Report of the Municipal Commissioner on the plague in Bombay for the year ending 31st May... - Volume 2
Disease focus: Plague
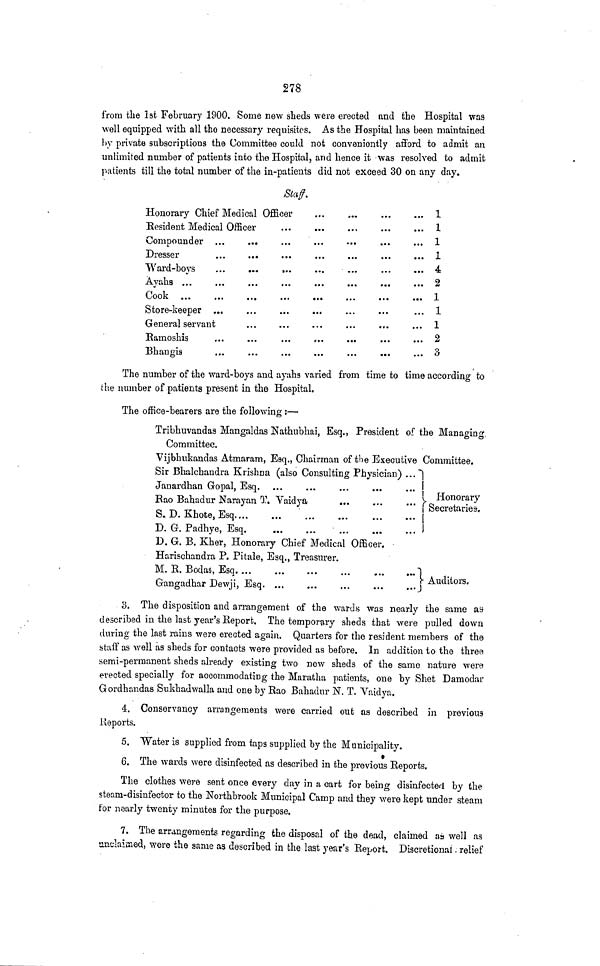
278
from the 1st February 1900. Some new sheds were erected and the Hospital was
well equipped with all tho necessary requisites. As the Hospital has been maintained
by private subscriptions the Committee could not conveniently afford to admit an
unlimited number of patients into the Hospital, and hence it "was resolved to admit
patients till the total number of the in-patients did not exceed 30 on any day.
Staff.
Honorary Chief Medical Officer
Resident Medical Officer
Compounder ...
...
Dresser
Ward-boys
...
...
...
Ayahs ...
Cook
Store-keeper ...
Ramoshis
Bhaneis
...
...
...
...
...
...
I
1
1
1
4
2
1
1
1
2
3
The number of the ward-boys and aj'ahs varied from time to time according to
the number of patients present in the Hospital.
The office-bearers are the following:—
Tribhuvandas Mangaldas JSfathubhai, Esq., President of the Managing.
Committee.
Vijbhukandas Atmaram, Esq., Chairman of the Executive Committee.
Sir Bhalchandra Krishna (also Consulting Physician) ...~]
Janardhan Gopal, Esq
{
Rao Bahadur Narayan T. Vaidya
^SecrTtarLI
S. D. Khote, Esq
D. G. Padhye, Esq
D. G. B. Kher, Honorary Chief Medical Officer,
Harischandra P. Pi tale, Esq., Treasurer.
M. R. Bodas, Esq
"]
/-<
jv. T» •• in
<" Auditors.
Gangadhar Dewji, Esq. ...
...
...
...
...j
3. The disposition and arrangement of the wards was nearly the same as
described in the last year's Report. The temporary sheds that were pulled down
during the last rains were erected again. Quarters for the resident members of the
staff as well as sheds for contacts were provided as before. In addition to the three
semi-permanent sheds already existing two new sheds of the same nature were
erected specially for accommodating the Maratha patients, one by Shet Damodar
Gordhandas Sukhadwalla and one by Rao Bahadur N. T. Vaidya.
4. Conservancy arrangements were carried out as described in previous
Reports.
5. "Water is supplied from taps supplied by the Municipality.
•
6. The wards were disinfected as described in the previous Reports,
The clothes were sent once every day in a cart for being disinfected by the
steam-disinfector to the Northbrook Municipal Camp and they were kept under steam
for nearly twenty minutes for the purpose.
7. The arrangements regarding the disposal of the dead, claimed as well as
anclaisned, were the same as described in the last year's Report. Discretional. relief